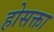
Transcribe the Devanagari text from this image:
होसक्ता